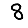
Digit: 8